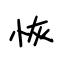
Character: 恢